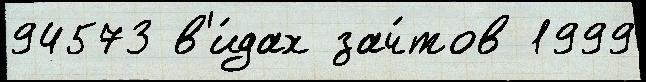
94573 в'и́дах зач́тов 1999